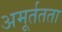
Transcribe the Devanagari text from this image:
अमूर्ततता